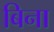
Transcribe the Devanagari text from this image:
बिना